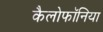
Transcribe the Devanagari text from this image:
कैलोफॉनिया